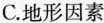
C.地形因素